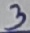
Text: 3